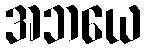
အဘယေ